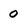
Character: O